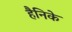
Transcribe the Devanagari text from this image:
हैनिके